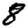
Digit: 8